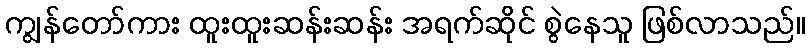
ကျွန်တော်ကား ထူးထူးဆန်းဆန်း အရက်ဆိုင် စွဲနေသူ ဖြစ်လာသည်။